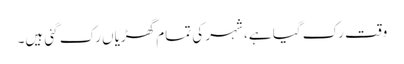
وقت رک گیا ہے، شہر کی تمام گھڑیاں رک گئی ہیں۔